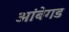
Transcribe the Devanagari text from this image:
आंबेगड